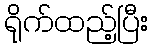
ရိုက်ထည့်ပြီး